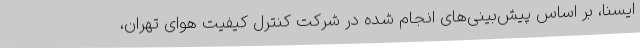
ایسنا، بر اساس پیش‌بینی‌های انجام‌ شده در شرکت کنترل کیفیت هوای تهران،